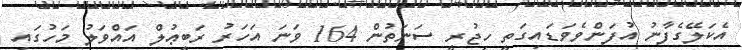
އެކަލޭގެފާނު އުފަންވެވަޑައިގަތީ ހިޖުރީ ސަނަތުން 164 ވަނަ އަހަރު ރަބީޢުލް އައްވަލު މަހުގައި